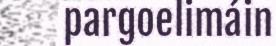
pargoelimáin